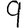
Digit: 9